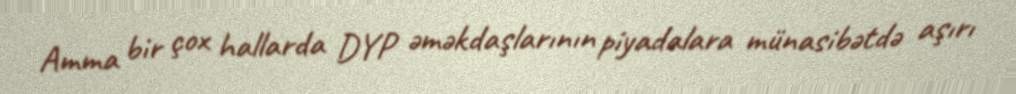
Amma bir çox hallarda DYP əməkdaşlarının piyadalara münasibətdə aşırı